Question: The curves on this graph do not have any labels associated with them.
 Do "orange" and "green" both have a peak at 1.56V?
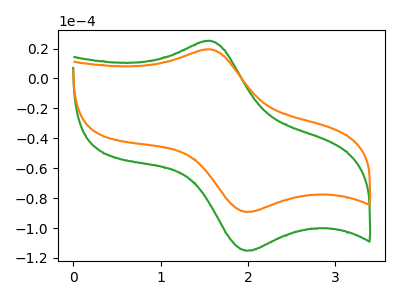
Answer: <think>The green curve "green" has an anodic peak at (1.55V, 25.30uA) and a cathodic peak at (2.00V, -115.20uA). The orange curve "orange" has an anodic peak at (1.55V, 19.60uA) and a cathodic peak at (2.00V, -89.30uA).</think>
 <answer>Yes, "orange" and "green" share a peak at 1.56V.</answer>
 <eval>match</eval>